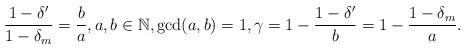
LaTeX: \begin{align*}\frac{1-\delta'}{1-\delta_m}=\frac{b}{a}, a,b\in \mathbb{N}, {\rm gcd}(a,b)=1, \gamma=1-\frac{1-\delta'}{b}=1-\frac{1-\delta_m}{a}.\end{align*}